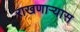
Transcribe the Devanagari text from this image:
राखणाऱ्यास